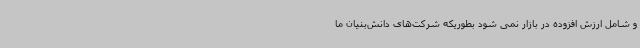
و شامل ارزش افزوده در بازار نمی شود بطوریکه شرکت‌های دانش‌بنیان ما